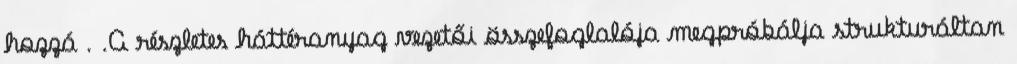
hozzá . .A részletes háttéranyag vezetői összefoglalója megpróbálja strukturáltan